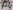
Text: A4